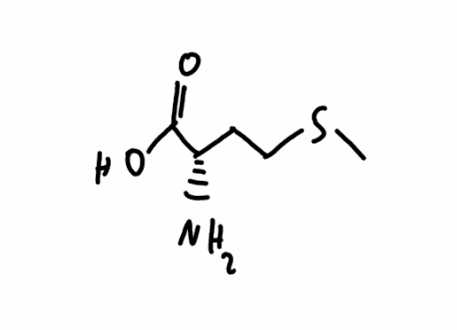
Simplified molecular-input line-entry system (SMILES) notation of the given molecule:
CSCC[C@@H](C(=O)O)N